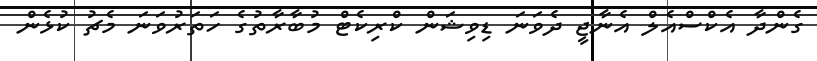
ގެންދާ އެކްސްއެލް އެނާޖީ ދެވަނަ ޑިވިޝަން ކްރިކެޓް މުބާރާތުގެ ހަތަރުވަނަ މެޗު ކުޅެން